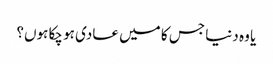
یا وہ دنیا جس کا میں عادی ہو چکا ہوں؟